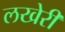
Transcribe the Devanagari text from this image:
लखेरी